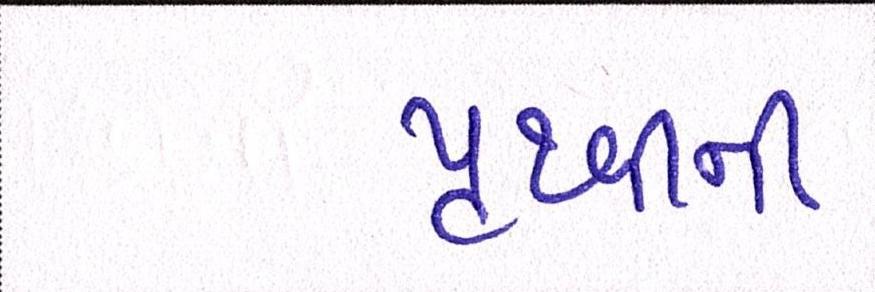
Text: પૃથ્વીની